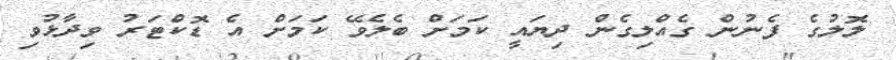
ލޮލުގެ ފެނުން ގެއްލިގެން ދިޔައީ ކަމަށް ބެލެވޭ ކަމަށް އެ ޑޮކްޓަރު ވިދާޅުވި